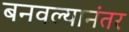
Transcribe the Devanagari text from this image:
बनवल्यानंतर